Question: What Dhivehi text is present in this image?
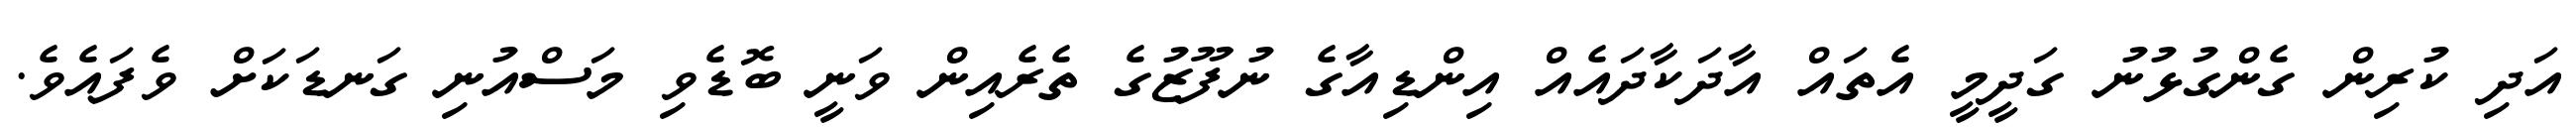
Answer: އަދި ކުރިން ގެންގުޅުނު ގަދީމީ އެތައް އާދަކާދައެއް އިންޑިއާގެ ނުފޫޒުގެ ތެރެއިން ވަނީ ބޮޑެވި މަސްއުނި ގަނޑަކަށް ވެފައެވެ.